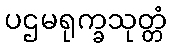
ပဌမရုက္ခသုတ္တံ